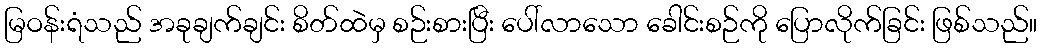
မြဝန်းရံသည် အခုချက်ချင်း စိတ်ထဲမှ စဉ်းစားပြီး ပေါ်လာသော ခေါင်းစဉ်ကို ပြောလိုက်ခြင်း ဖြစ်သည်။